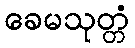
ခေမသုတ္တံ